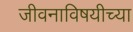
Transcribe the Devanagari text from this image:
जीवनाविषयीच्या